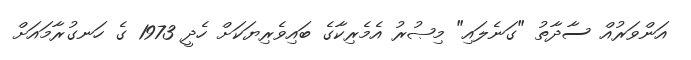
އަންވަރުއް ސާދާތު "ގަނެލައި" މިޞުރު އެމެރިކާގެ ބައިވެރިޔަކަށް ހެދީ 1973 ގެ ހަނގުރާމައަށް